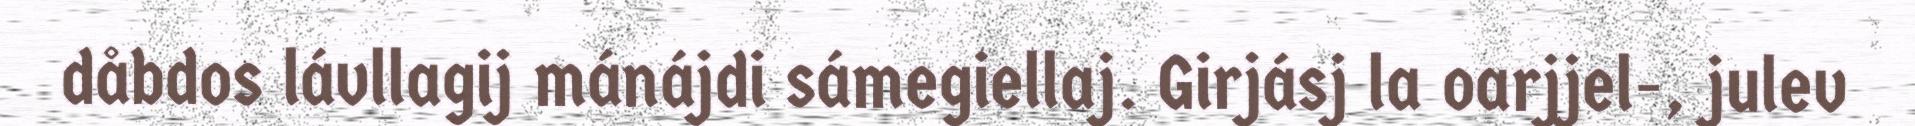
dåbdos lávllagij mánájdi sámegiellaj. Girjásj la oarjjel-, julev